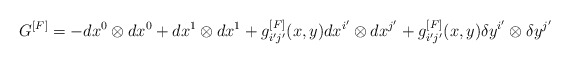
\begin{align*}G^{[F]}=-dx^{0}\otimes dx^{0}+dx^{1}\otimes dx^{1}+g_{i^{\prime }j^{\prime}}^{[F]}(x,y)dx^{i^{\prime }}\otimes dx^{j^{\prime }}+g_{i^{\prime}j^{\prime }}^{[F]}(x,y)\delta y^{i^{\prime }}\otimes \delta y^{j^{\prime }}\end{align*}